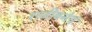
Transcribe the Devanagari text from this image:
राजीवनेत्रं